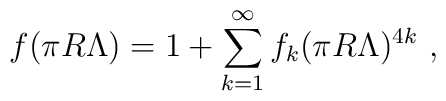
f(\pi R\Lambda)= 1+ \sum_{k=1}^\infty f_k (\pi R\Lambda)^{4k}\ ,